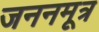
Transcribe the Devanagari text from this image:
जननमूत्र